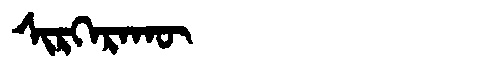
Manchu: ᠰᡳᡵᡴᡝᡵᠠᡴᡡ
Romanization: SIRKERAKŪ